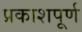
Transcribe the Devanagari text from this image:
प्रकाशपूर्ण